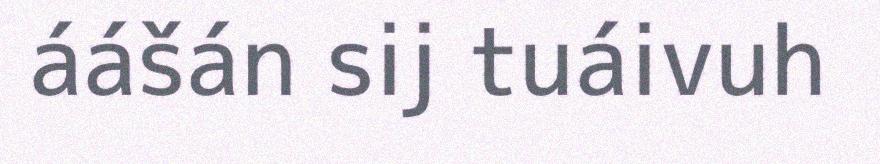
áášán sij tuáivuh